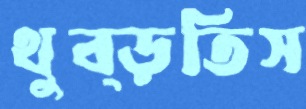
থুব্‌ড়তিস